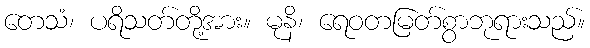
တေသံ၊ ပရိသတ်တို့အား။ မုနိ၊ ရေဝတမြတ်စွာဘုရားသည်။